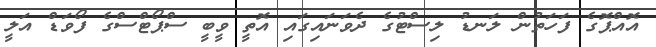
އޮއްޕޮގެ ފަހަތުން ލަނޑު ލިސްޓުގެ ދެވަނައިގައި އޮތީ ވީބީ ސްޕޯޓްސްގެ ފޯވަޑް އަލީ